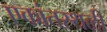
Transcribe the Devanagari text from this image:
एकांतस्थळी